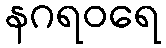
နဂရဝရေ